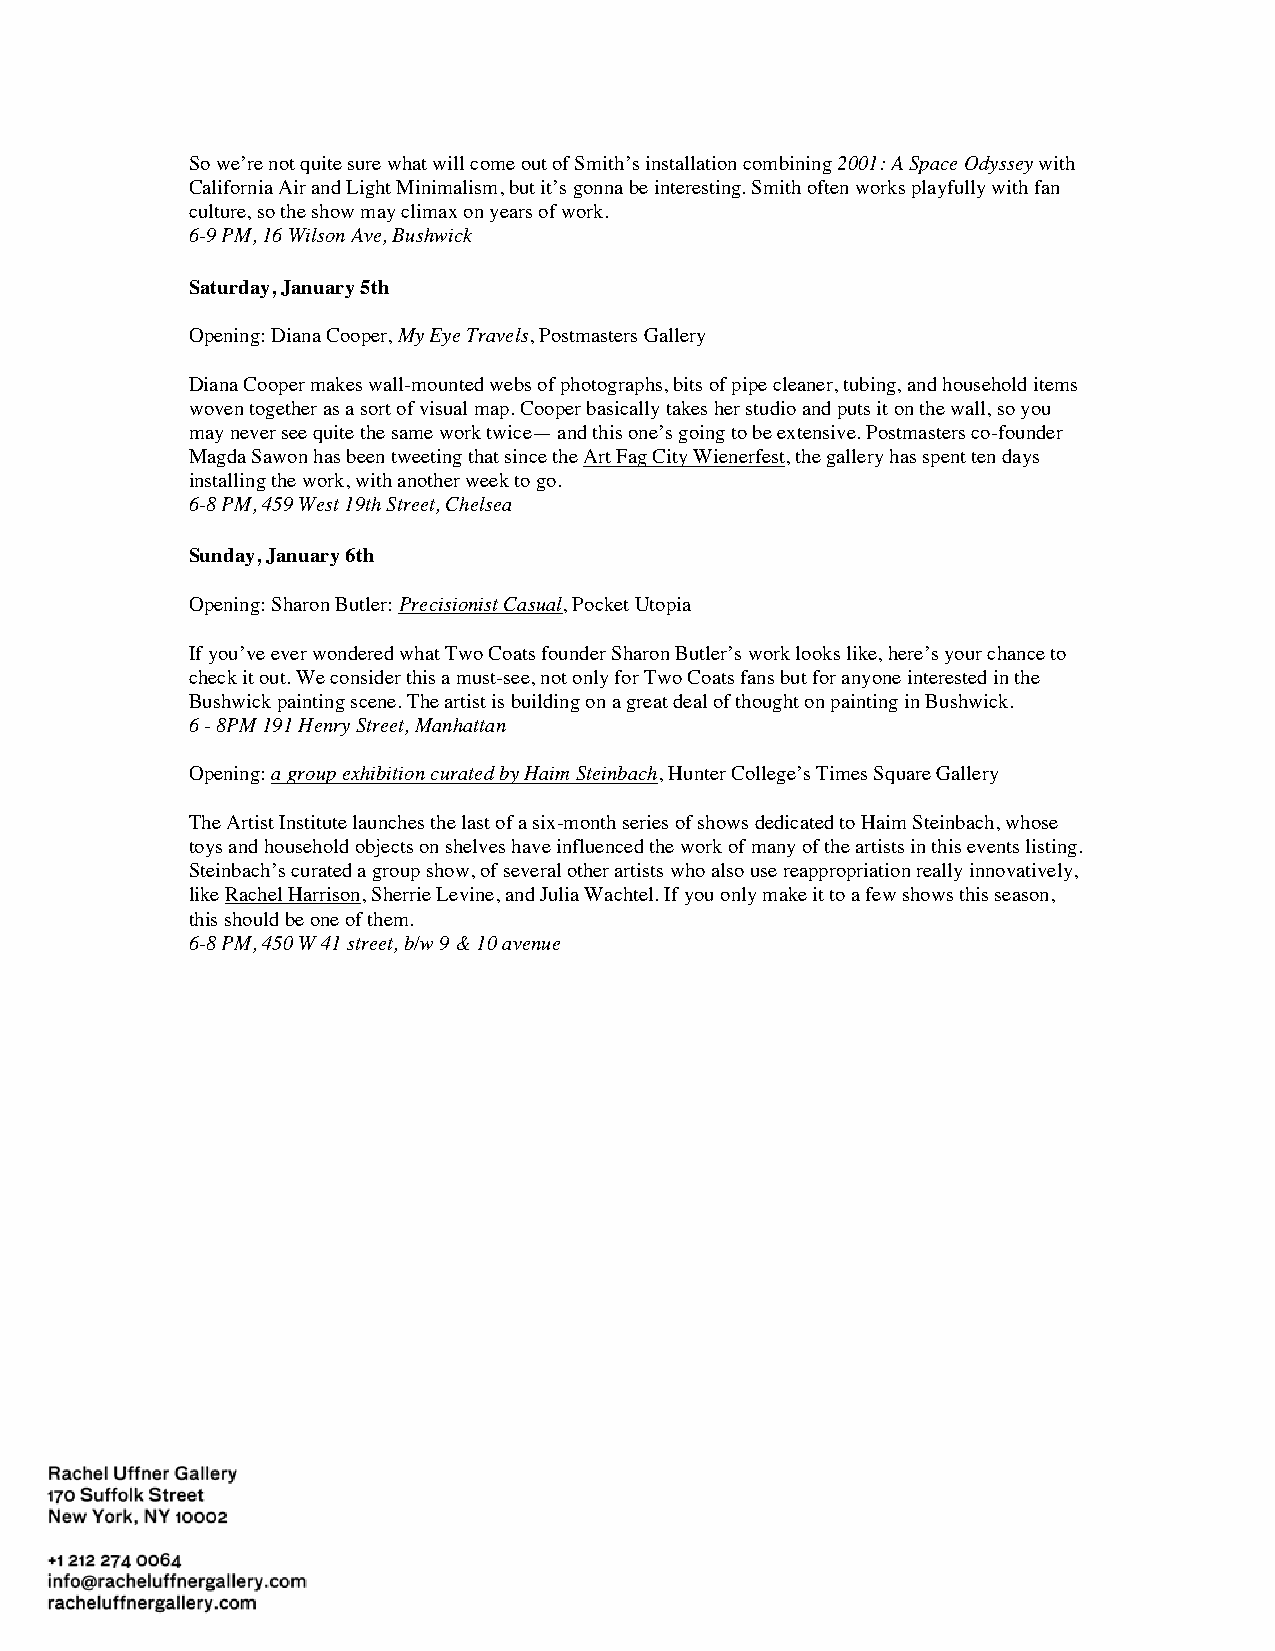
So we’re not quite sure what will come out of Smith’s installation combining 2001: A Space Odyssey with
 California Air and Light Minimalism, but it’s gonna be interesting. Smith often works playfully with fan
 culture, so the show may climax on years of work.
 6-9 PM, 16 Wilson Ave, Bushwick
 Saturday, January 5th
 Opening: Diana Cooper, My Eye Travels, Postmasters Gallery
 Diana Cooper makes wall-mounted webs of photographs, bits of pipe cleaner, tubing, and household items
 woven together as a sort of visual map. Cooper basically takes her studio and puts it on the wall, so you
 may never see quite the same work twice— and this one’s going to be extensive. Postmasters co-founder
 Magda Sawon has been tweeting that since the Art Fag City Wienerfest, the gallery has spent ten days
 installing the work, with another week to go.
 6-8 PM, 459 West 19th Street, Chelsea
 Sunday, January 6th
 Opening: Sharon Butler: Precisionist Casual, Pocket Utopia
 If you’ve ever wondered what Two Coats founder Sharon Butler’s work looks like, here’s your chance to
 check it out. We consider this a must-see, not only for Two Coats fans but for anyone interested in the
 Bushwick painting scene. The artist is building on a great deal of thought on painting in Bushwick.
 6 - 8PM 191 Henry Street, Manhattan
 Opening: a group exhibition curated by Haim Steinbach, Hunter College’s Times Square Gallery
 The Artist Institute launches the last of a six-month series of shows dedicated to Haim Steinbach, whose
 toys and household objects on shelves have influenced the work of many of the artists in this events listing.
 Steinbach’s curated a group show, of several other artists who also use reappropriation really innovatively,
 like Rachel Harrison, Sherrie Levine, and Julia Wachtel. If you only make it to a few shows this season,
 this should be one of them.
 6-8 PM, 450 W 41 street, b/w 9 & 10 avenue